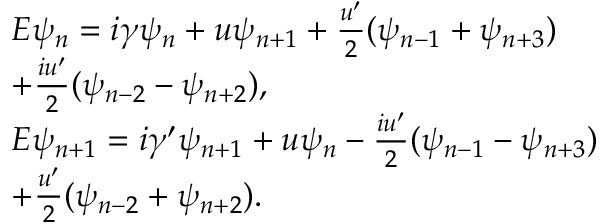
\begin{array} { r l r } & { E \psi _ { n } = i \gamma \psi _ { n } + u \psi _ { n + 1 } + \frac { u ^ { \prime } } { 2 } ( \psi _ { n - 1 } + \psi _ { n + 3 } ) } & \\ & { + \frac { i u ^ { \prime } } { 2 } ( \psi _ { n - 2 } - \psi _ { n + 2 } ) , } & \\ & { E \psi _ { n + 1 } = i \gamma ^ { \prime } \psi _ { n + 1 } + u \psi _ { n } - \frac { i u ^ { \prime } } { 2 } ( \psi _ { n - 1 } - \psi _ { n + 3 } ) } & \\ & { + \frac { u ^ { \prime } } { 2 } ( \psi _ { n - 2 } + \psi _ { n + 2 } ) . } & \end{array}